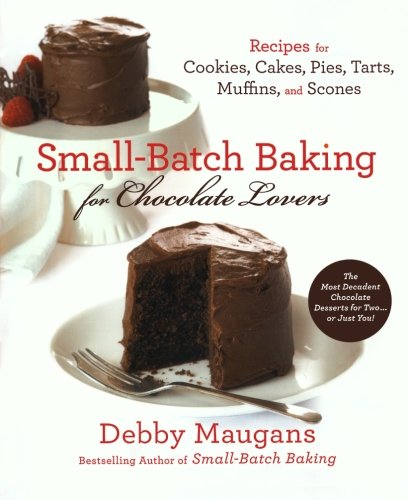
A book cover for Small-Batch Baking for Chocolate Lovers; Debby Maugans; Cookbooks, Food & Wine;